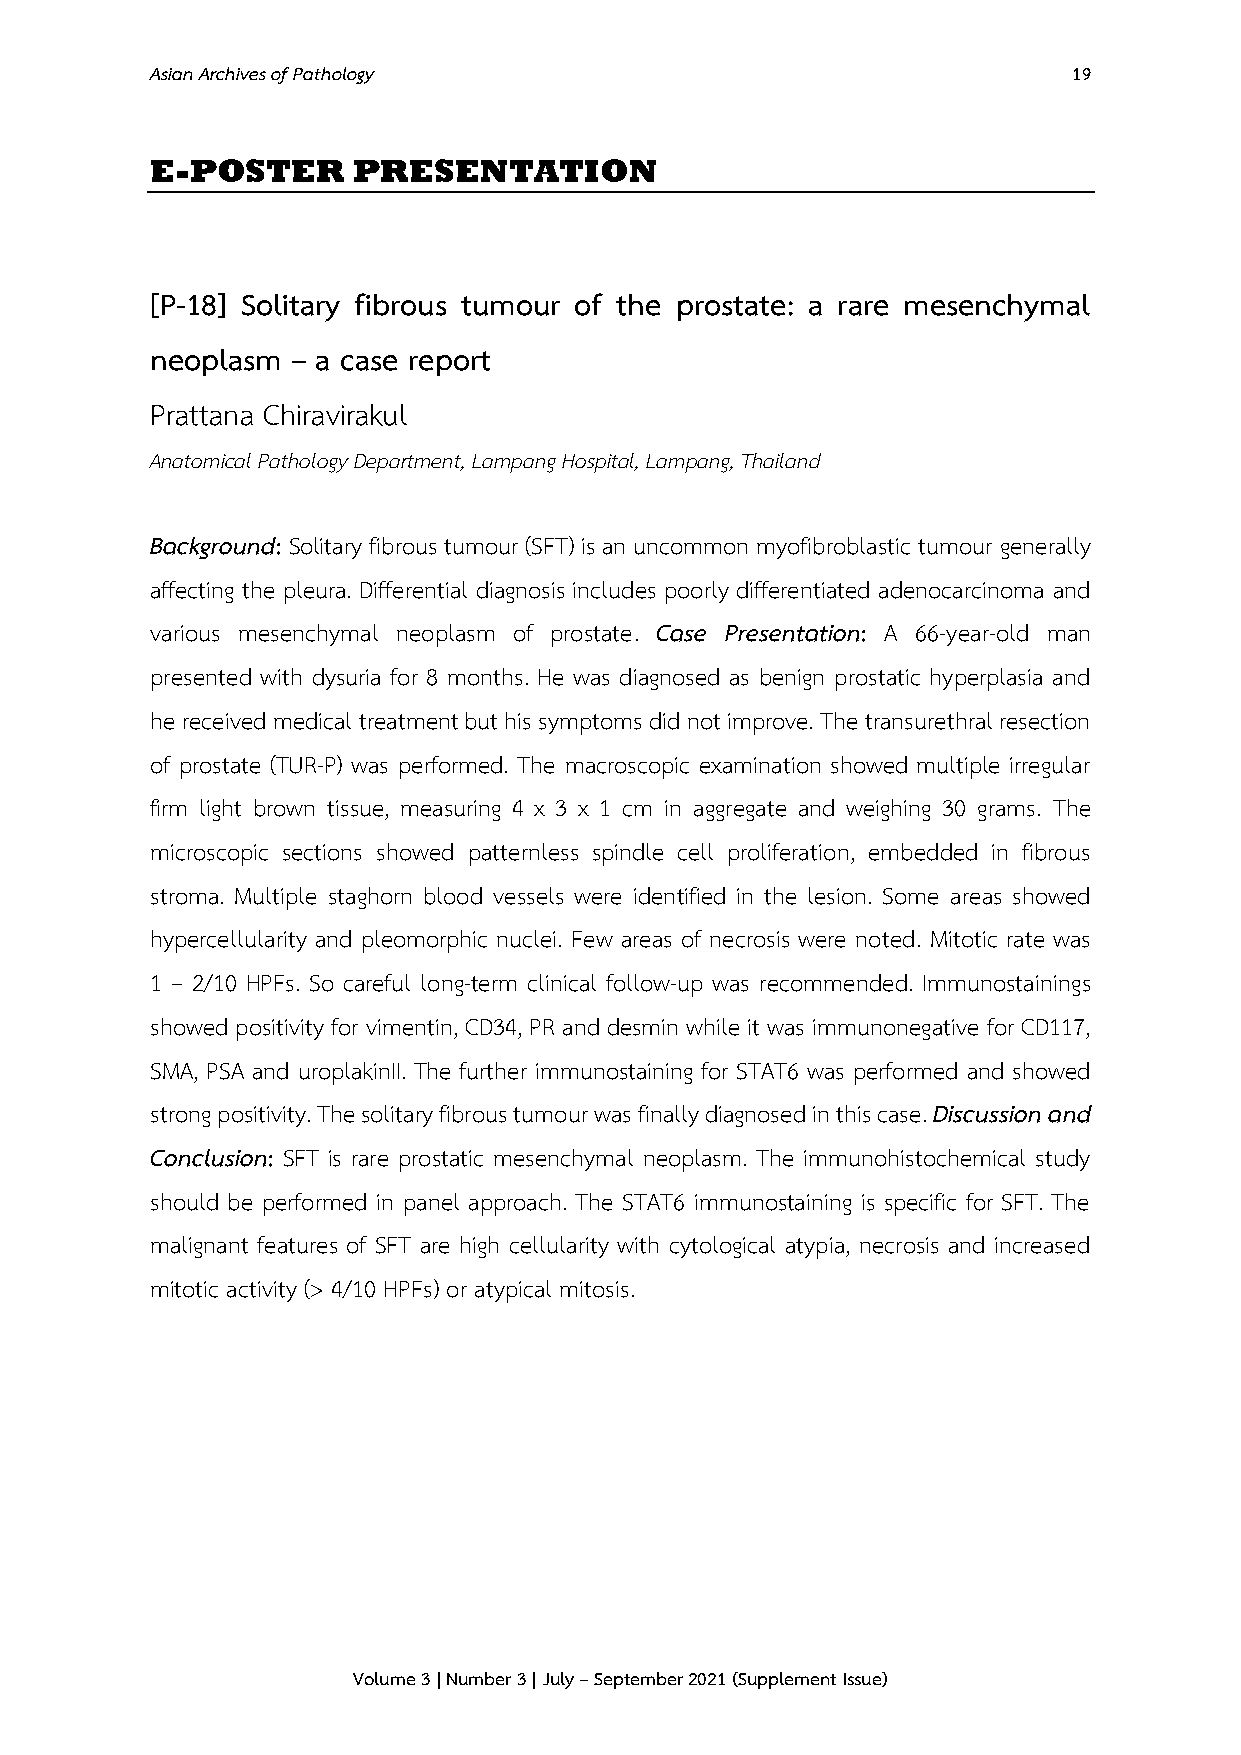
Asian Archives of Pathology                                  19
 E-POSTER     PRESENTATION
 [P-18] Solitary fibrous tumour of the prostate: a rare mesenchymal
 neoplasm – a case report
 Prattana Chiravirakul
 Anatomical Pathology Department, Lampang Hospital, Lampang, Thailand
 Background: Solitary fibrous tumour (SFT) is an uncommon myofibroblastic tumour generally
 affecting the pleura. Differential diagnosis includes poorly differentiated adenocarcinoma and
 various mesenchymal neoplasm of prostate. Case Presentation: A 66-year-old man
 presented with dysuria for 8 months. He was diagnosed as benign prostatic hyperplasia and
 he received medical treatment but his symptoms did not improve. The transurethral resection
 of prostate (TUR-P) was performed. The macroscopic examination showed multiple irregular
 firm light brown tissue, measuring 4 x 3 x 1 cm in aggregate and weighing 30 grams. The
 microscopic sections showed patternless spindle cell proliferation, embedded in fibrous
 stroma. Multiple staghorn blood vessels were identified in the lesion. Some areas showed
 hypercellularity and pleomorphic nuclei. Few areas of necrosis were noted. Mitotic rate was
 1 – 2/10 HPFs. So careful long-term clinical follow-up was recommended. Immunostainings
 showed positivity for vimentin, CD34, PR and desmin while it was immunonegative for CD117,
 SMA, PSA and uroplakinII. The further immunostaining for STAT6 was performed and showed
 strong positivity. The solitary fibrous tumour was finally diagnosed in this case. Discussion and
 Conclusion: SFT is rare prostatic mesenchymal neoplasm. The immunohistochemical study
 should be performed in panel approach. The STAT6 immunostaining is specific for SFT. The
 malignant features of SFT are high cellularity with cytological atypia, necrosis and increased
 mitotic activity (> 4/10 HPFs) or atypical mitosis.
 Volume 3 | Number 3 | July – September 2021 (Supplement Issue)